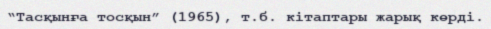
“Тасқынға тосқын” (1965), т.б. кітаптары жарық көрді.